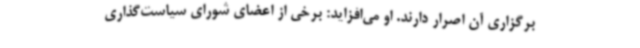
برگزاری آن اصرار دارند. او می‌افزاید: برخی از اعضای شورای سیاست‌گذاری